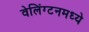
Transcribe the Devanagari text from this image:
वेलिंग्टनमध्ये